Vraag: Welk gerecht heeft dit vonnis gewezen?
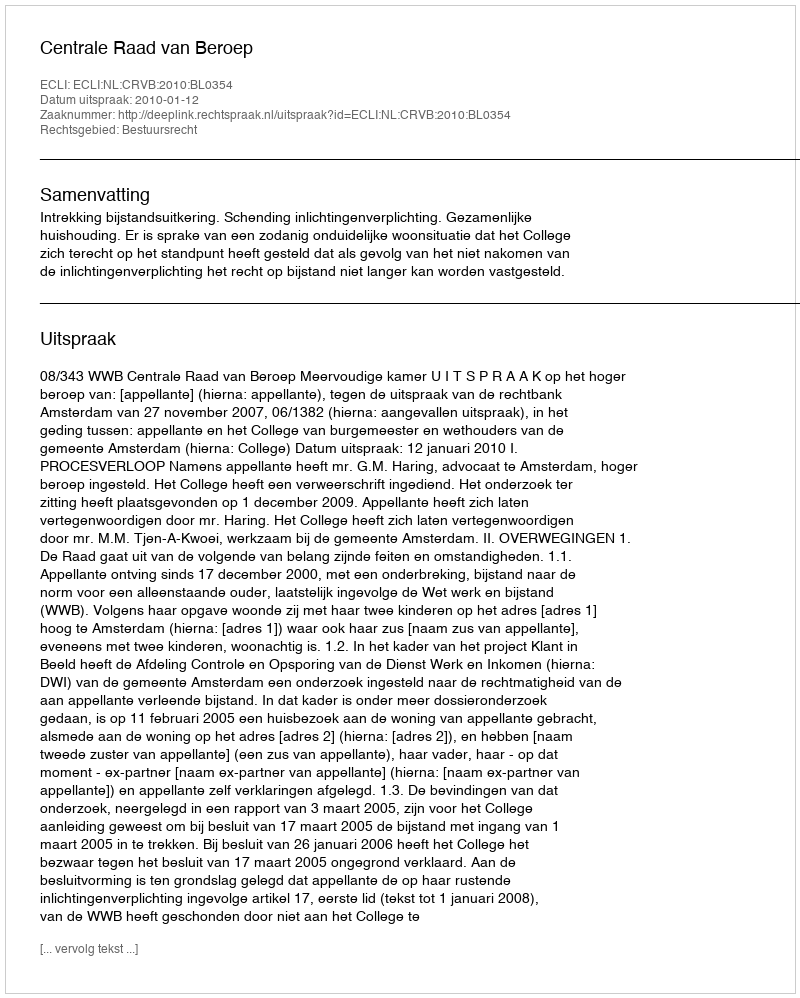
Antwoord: Centrale Raad van Beroep